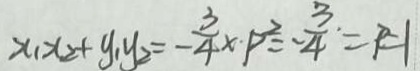
x _ { 1 } x _ { 2 } + y _ { 1 } y _ { 2 } = - \frac { 3 } { 4 } \times P ^ { 2 } = - \frac { 3 } { 4 } = P = 1